Language: tamil
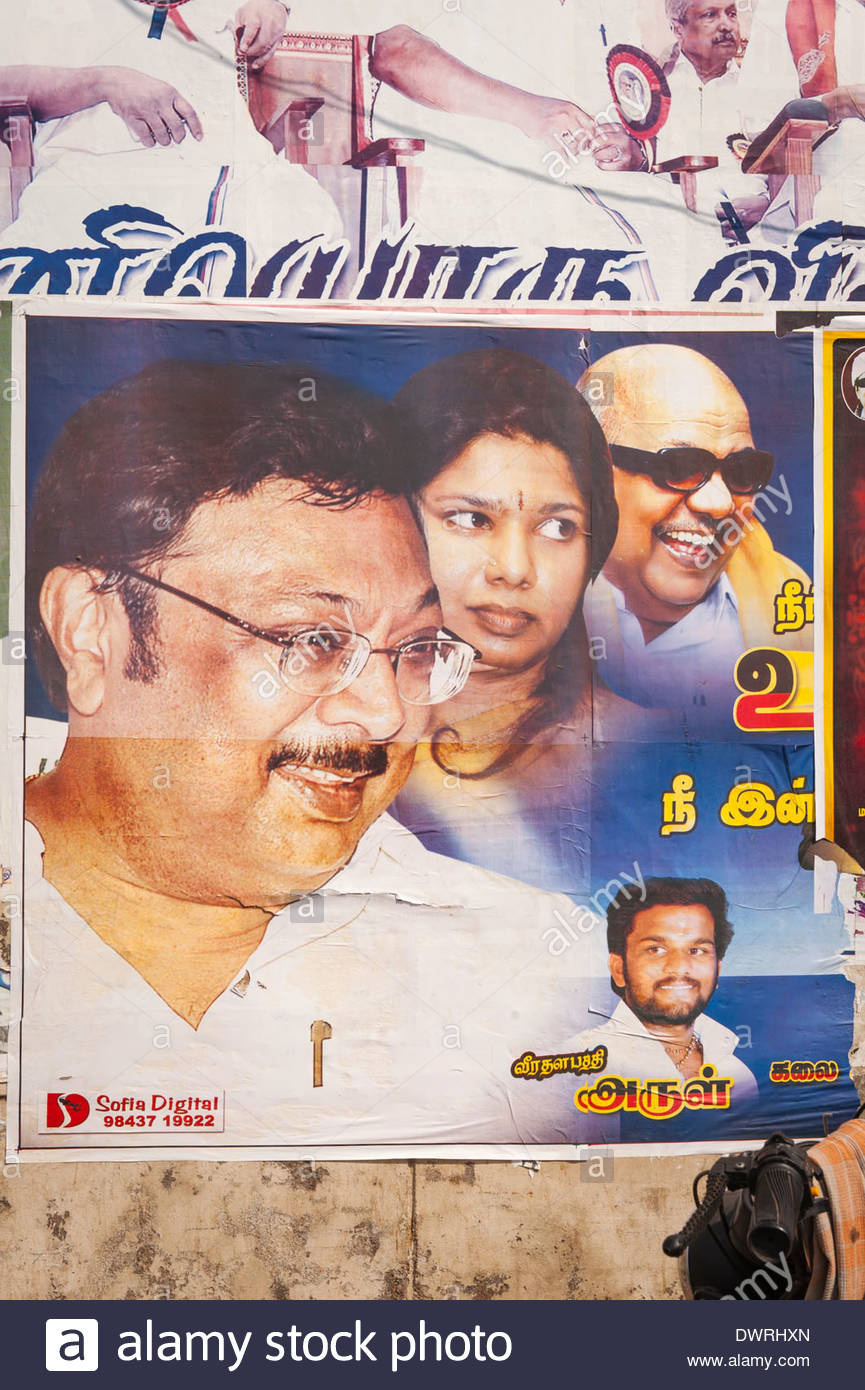
Transcription: நீ இன் கலை அருள் நீ